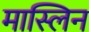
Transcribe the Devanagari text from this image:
मास्लिन